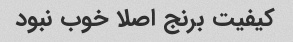
کیفیت برنج اصلا خوب نبود